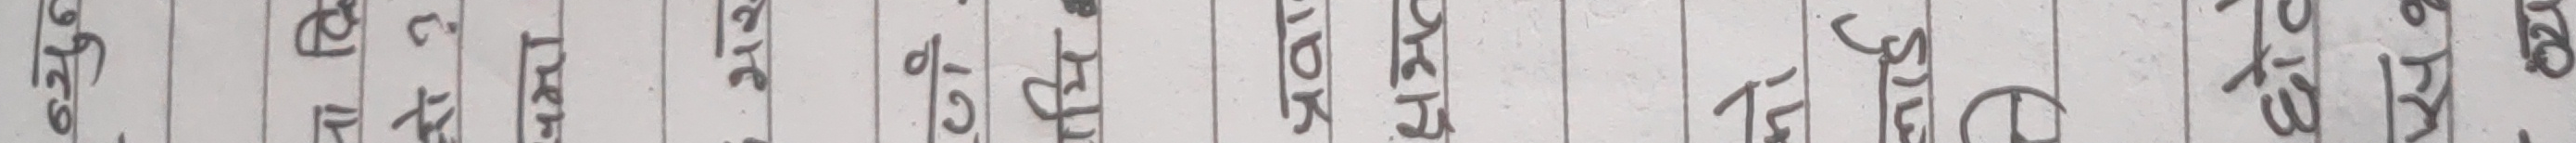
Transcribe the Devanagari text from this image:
बाउदेउ सोधेर ले